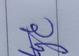
Signature authenticity: genuine